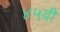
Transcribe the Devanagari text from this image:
४५वीं